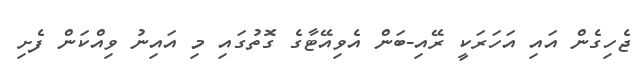
ޖެހިގެން އައި އަހަރަކީ ރޭއި-ބަން އެވިއޭޓާގެ ގޮތުގައި މި އައިނު ވިއްކަން ފެށި